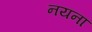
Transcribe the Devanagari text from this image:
नयनां